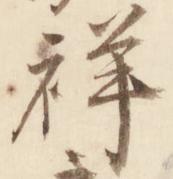
祥